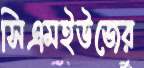
সিএমইউজের